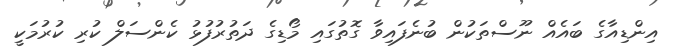
އިންޑިއާގެ ބައެއް ނޫސްތަކުން ބުނެފައިވާ ގޮތުގައި މޯޑިގެ ދަތުރުފުޅު ކެންސަލް ކުރި ކުރުމަކީ